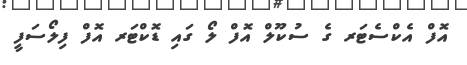
އޮފް އެކްސެޓަރ ގެ ސުކޫލް އޮފް ލޯ ގައި ޑޮކްޓަރ އޮފް ފިލޯސަފީ